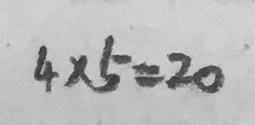
4 \times 5 = 2 0